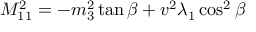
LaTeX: M _ { 1 1 } ^ { 2 } = - m _ { 3 } ^ { 2 } \tan \beta + v ^ { 2 } \lambda _ { 1 } \cos ^ { 2 } \beta